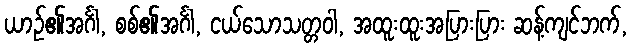
ယာဉ်၏အင်္ဂါ, စစ်၏အင်္ဂါ, ငယ်သောသတ္တဝါ, အထူးထူးအပြားပြား ဆန့်ကျင်ဘက်,